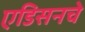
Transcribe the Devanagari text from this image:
एडिसनचे